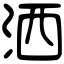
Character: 洒